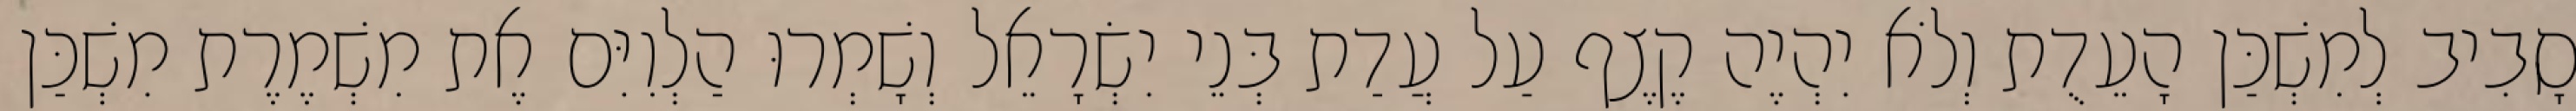
סָבִיב לְמִשְׁכַּן הָעֵדֻת וְלֹא יִהְיֶה קֶצֶף עַל עֲדַת בְּנֵי יִשְׂרָאֵל וְשָׁמְרוּ הַלְוִיִּם אֶת מִשְׁמֶרֶת מִשְׁכַּן